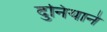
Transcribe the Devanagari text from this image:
दुनियाने